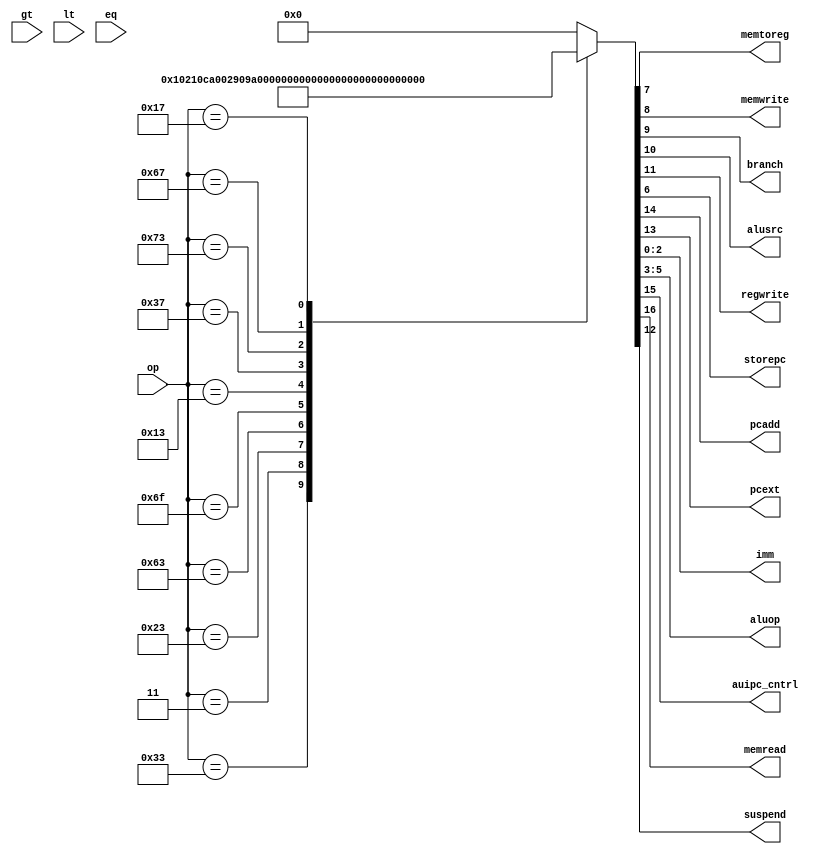
module maindec (input  [6:0] op,
		output 	     memtoreg, memwrite,
		output 	     branch, alusrc,
		output 	     regwrite,
		output 	     storepc,
		output 	     pcadd,
		output 	     pcext,
		output [2:0] imm,
		output [2:0] aluop,
		output 	     auipc_cntrl,
		output 	     memread,
                input 	     gt, lt, eq,
		output 	     suspend);
   
   reg [16:0] 		     controls;

   assign {memread, auipc_cntrl, pcadd, pcext, suspend, regwrite, alusrc,
           branch, memwrite,
           memtoreg, storepc, aluop, imm} = controls;

   always @(*)
     case(op)
       7'b011_0011: controls <= 17'b00000100_000_010_000; // R
       7'b000_0011: controls <= 17'b10000110_010_100_000; // LW
       7'b010_0011: controls <= 17'b00000010_100_100_001; // SW
       7'b110_0011: controls <= 17'b00110011_000_000_010; // BXX
       7'b110_1111: controls <= 17'b00110110_001_000_011; // JAL/J
       7'b001_0011: controls <= 17'b00000110_000_000_000; // ADDI/ORI
       7'b011_0111: controls <= 17'b00000110_000_000_100; // LUI
       7'b111_0011: controls <= 17'b00001000_000_000_000; // ecall/ebreak
       7'b110_0111: controls <= 17'b00000110_001_000_000; // JALR/JR
       7'b001_0111: controls <= 17'b01100110_000_000_100; // AUIPC
       default:     controls <= 17'b00000000_000_000_000; // default
     endcase // case (op)
   
endmodule // maindec